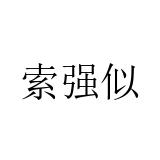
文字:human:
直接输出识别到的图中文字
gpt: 索强似